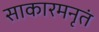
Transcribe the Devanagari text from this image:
साकारमनृतं